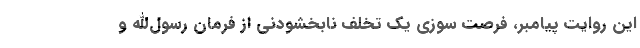
این روایت پیامبر، فرصت سوزی یک تخلف نابخشودنی از فرمان رسول‌الله و